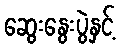
ဆွေးနွေးပွဲနှင့်